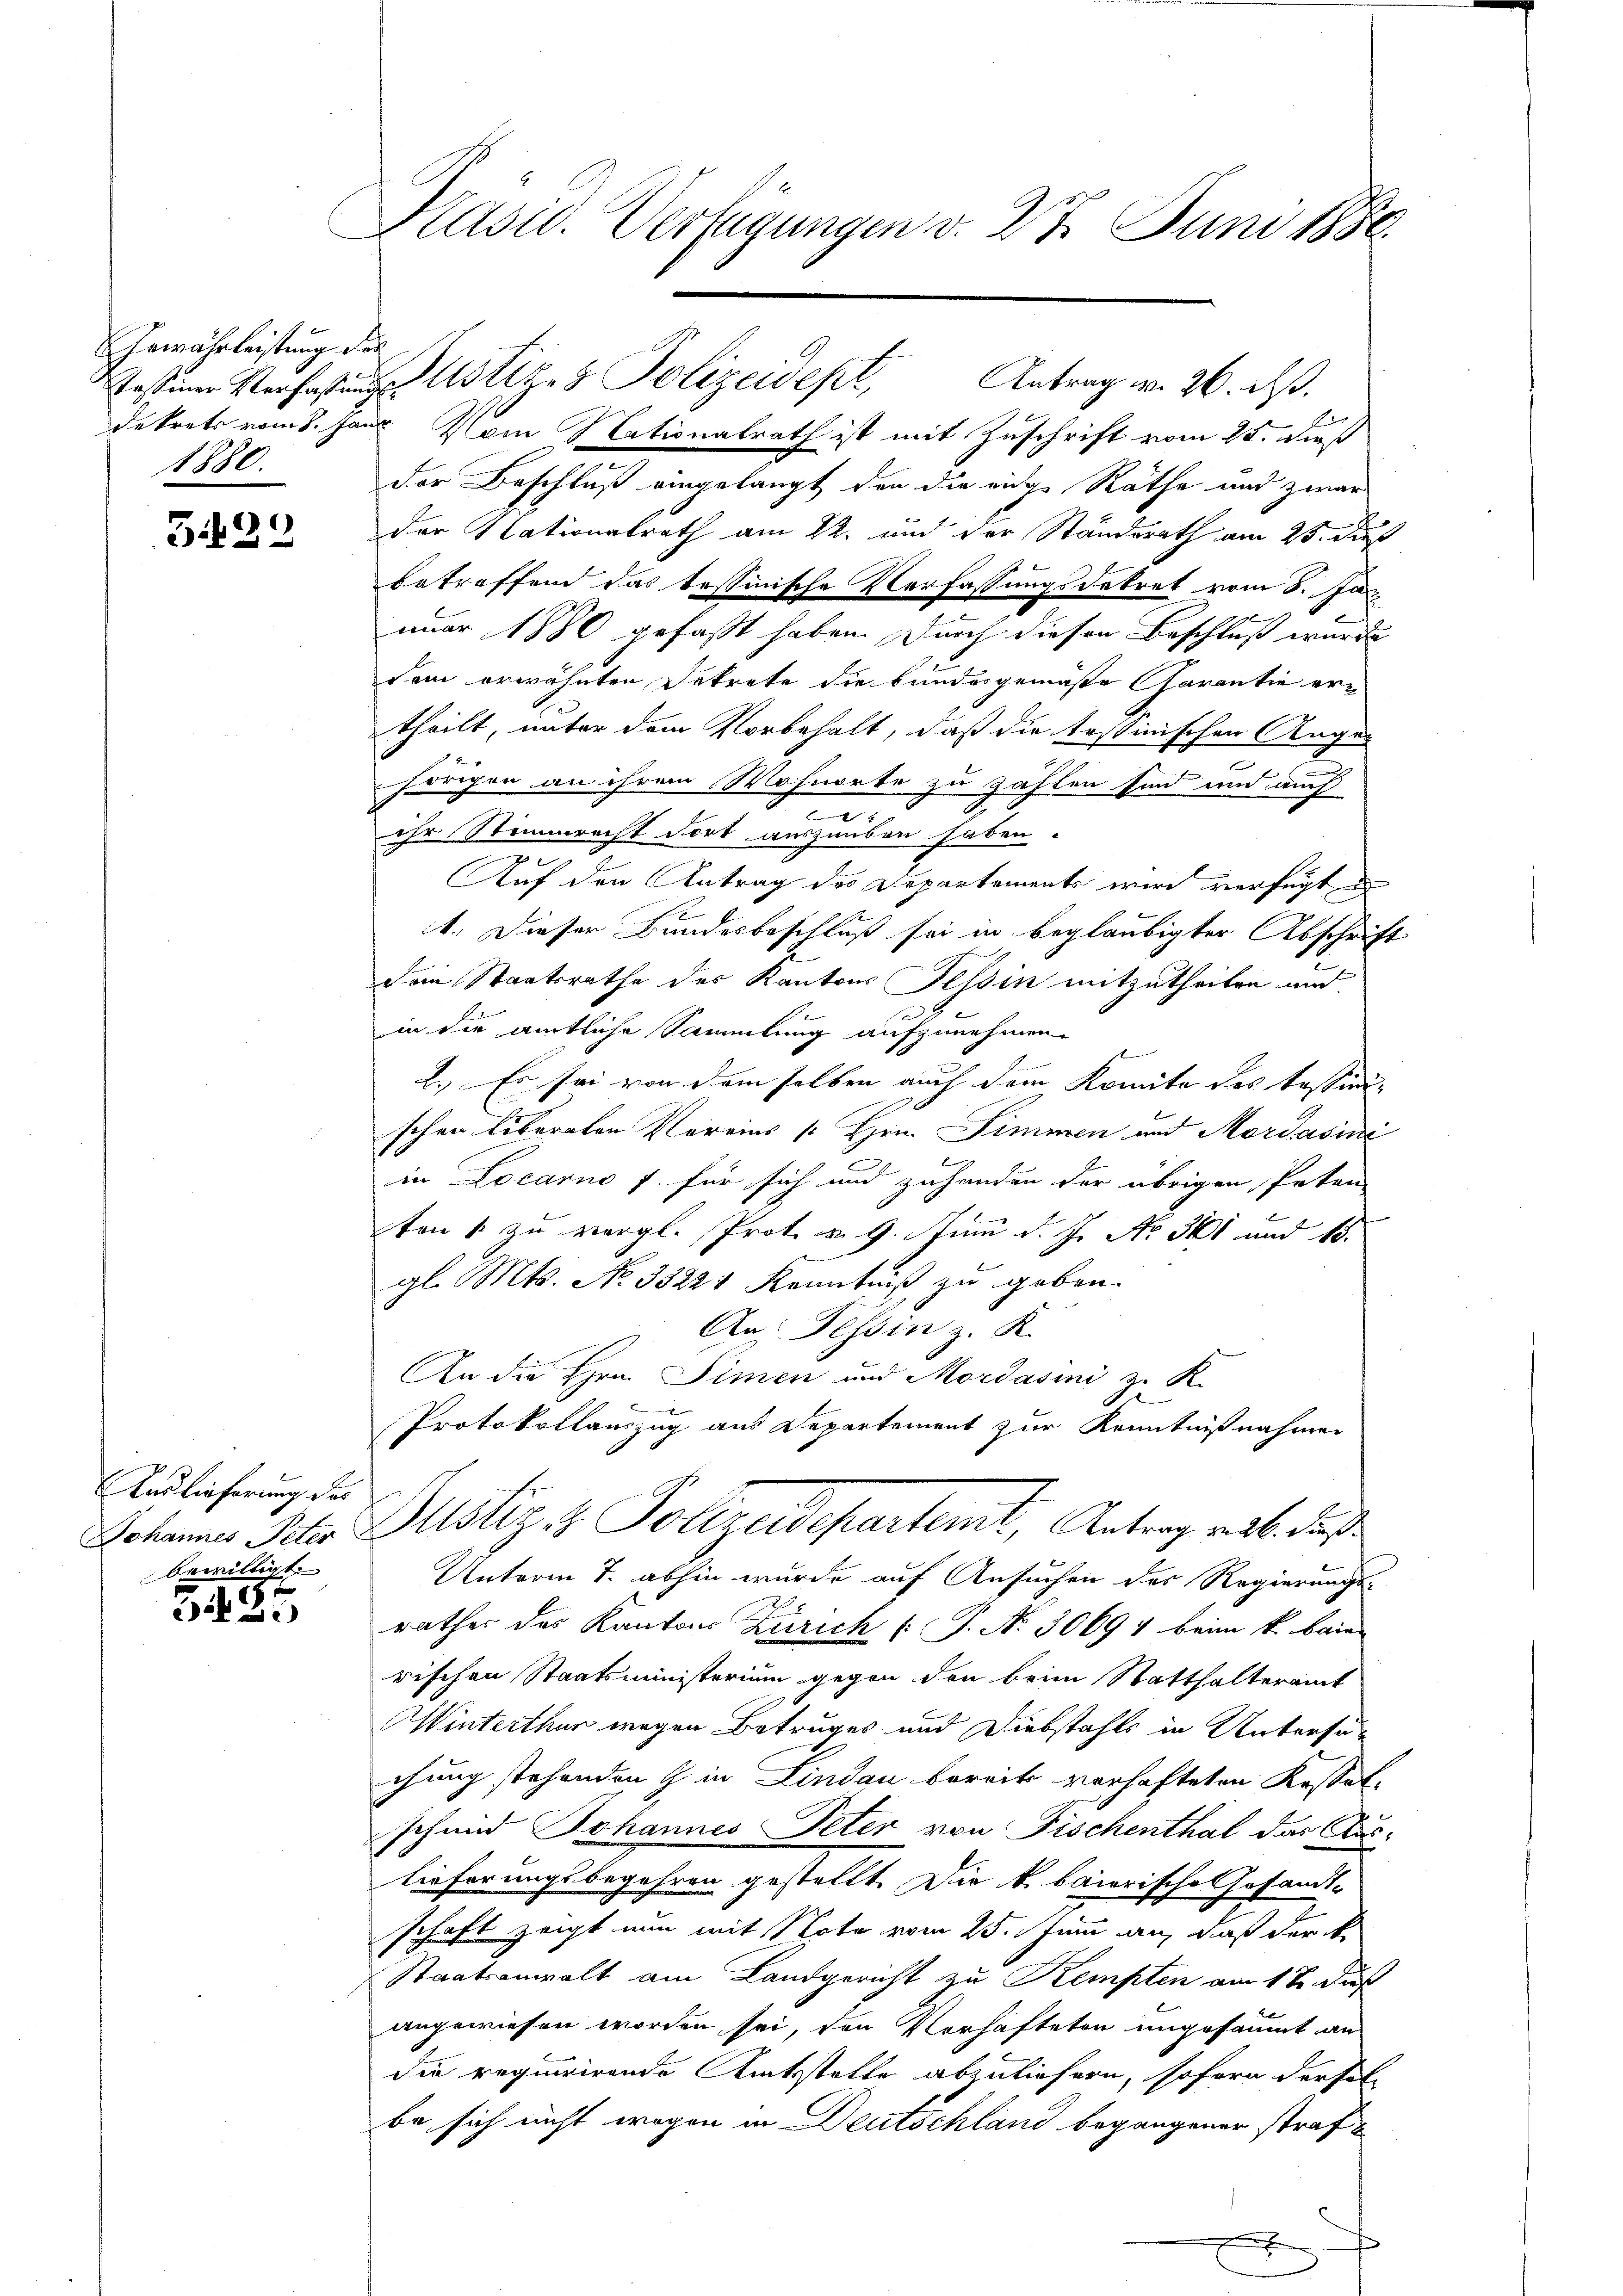
Gewährleistung des
1880.

i
312

Auslieferung des
bewilligt.

9.
 3

Präsid. Verfügungen d. 27. Juni 1886.

dekrets vom 8. Jan. Vom Nationalrath ist mit Zuschrift vom 25. Fuß
der Beschluß eingelangt den die eine Räthe und zwar
der Nationalrath am 22. und der Standsrath am 25. Fuß
betreffend das tessinische Verfassungsdekret vom 8. Ja
nuar 1880 gefaßt haben. Durch diesen Beschluß wurde
dem erwähnten Dekrete die bundesgemäße Garantie ertheilt, unter dem Vorbehalt, daß die tessinischen Angehörigen an ihrem Wohnorte zu zählen sind und auch
.
ihr Stimmrecht dort auszuüben haben.
s
Auf den Antrag des Departements wird verfügt un
1. Dieser Bundesbeschluß sei in beglaubigter Abschrift
Dein Staatsrathe des Kantons Tessin mitzutheilen und
in die amtliche Sammlung aufzunehmen.
2. Es sei von dem selben auch dem Komite des Erstindschen liberaten Vereins Hrn. Simmen und Mordasini
in Locarno 7 für sich und zuhanden der übrigen Peten
ten zu vergl. Prot. d. 9. Juni d. J. No. 341 und 15.
gl. Mts. No 33221 Kenntniß zu geben.
An Fessen z. K.
An die Hrn. Simen und Mordasini z. K.
4
Protokollauszug aus Departement zur Kenntnißnahmen
Schannes Peter Justiz & Polizeidepartemt, Antrag v. M. dieß
Unterm 7. abhin wurde auf Ansuchen des Regierungs-
rathes des Kantons Zürich [P. Nr. 30694 beim k. baie
rischen Staatsministerium gegen den beim Statthalteramt
Winterthur wegen Betruges und Diebstahls in Untersuchung stehenden Z. in Lindau bereits verhafteten Kassatschmid Johannes Peter von Fischenthal das Aus-
lieferungsbegehren gestellt. Die k. baiorische Gesandt-
schaft zeigt nun mit Note vom 25. Juni an, daß der k.
Staatsanwalt am Landgericht zu Kempten am 12. Fuß
angewiesen worden sei, den Verhafteten ungesäumt an
die requirirende Amtstelle abzuliefern, sofern der falbe sich nicht wegen in Deutschland begangener straf

Tessiner Verfaßung ustiz- & Polizeidept, Antrag v. 26. ds.

2